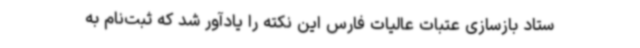
ستاد بازسازی عتبات عالیات فارس این نکته را یادآور شد که ثبت‌نام به